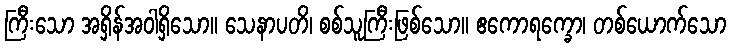
ကြီးသော အရှိန်အဝါရှိသော။ သေနာပတိ၊ စစ်သူကြီးဖြစ်သော။ ဧကောရက္ခော၊ တစ်ယောက်သော